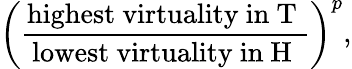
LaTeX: \left(\frac{\mathrm{highest~virtuality~in~T~}}{\mathrm{lowest~virtuality~in~H~}}\right)^{p},